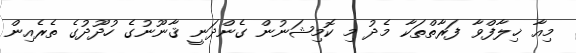
މިއާ ޚިލާފްވާ ފަރާތްތަކާ މެދު މި ކޮމިޝަނުން ގެންދަނީ ޤާނޫނުގެ ހުދޫދުގެ ތެރެއިން